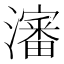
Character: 瀋